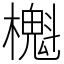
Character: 櫆